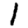
Digit: 1